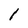
Character: 1